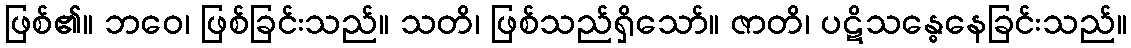
ဖြစ်၏။ ဘဝေ၊ ဖြစ်ခြင်းသည်။ သတိ၊ ဖြစ်သည်ရှိသော်။ ဇာတိ၊ ပဋိသန္ဓေနေခြင်းသည်။